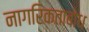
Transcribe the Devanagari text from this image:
नागरिकताबोध